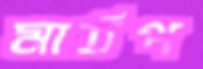
মাঠপ